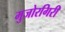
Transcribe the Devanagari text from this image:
मुजोरगिरी